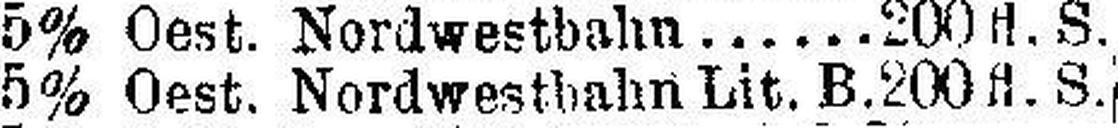
5% Oest. Nordwestbahn Lit. B. 200 fl. S.